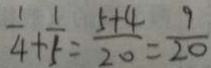
\frac { 1 } { 4 } + \frac { 1 } { 5 } = \frac { 5 + 4 } { 2 0 } = \frac { 9 } { 2 0 }